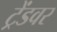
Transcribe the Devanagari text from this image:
ट्रेंडवर